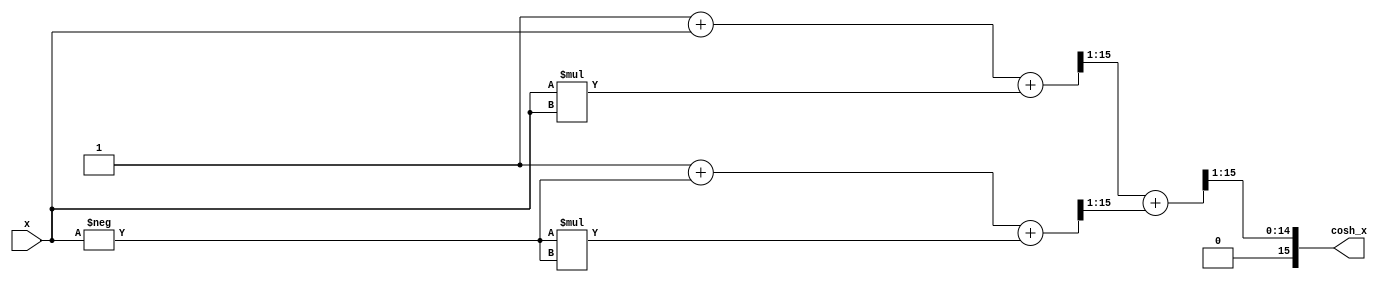
module hyperbolic_cosh (
    input wire signed [15:0] x,      // Input: Fixed-point representation of x
    output wire signed [15:0] cosh_x  // Output: Fixed-point representation of cosh(x)
);

    // Internal signals
    wire signed [15:0] exp_x;         // e^x
    wire signed [15:0] exp_neg_x;     // e^(-x)
    wire signed [15:0] sum;            // Sum of e^x and e^(-x)
    wire signed [15:0] divided;        // Final result of cosh(x)

    // Simple exponential approximation (for demonstration purposes)
    function signed [15:0] exp_func(input signed [15:0] value);
        begin
            // Placeholder for actual exponential calculation
            // Approximated as: exp(x) = 1 + x + x^2/2! + x^3/3! (limited expansion)
            exp_func = 16'h0001 + value + (value * value) >> 1;  // Simple approximation
        end
    endfunction

    // Calculate e^x
    assign exp_x = exp_func(x);
    
    // Calculate e^(-x)
    assign exp_neg_x = exp_func(-x);

    // Add e^x and e^(-x)
    assign sum = exp_x + exp_neg_x;

    // Divide by 2 (right shift by 1 for fixed-point)
    assign divided = sum >> 1;

    // Output the result
    assign cosh_x = divided;

endmodule